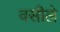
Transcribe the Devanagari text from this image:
वसीले